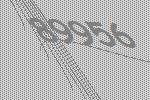
89956